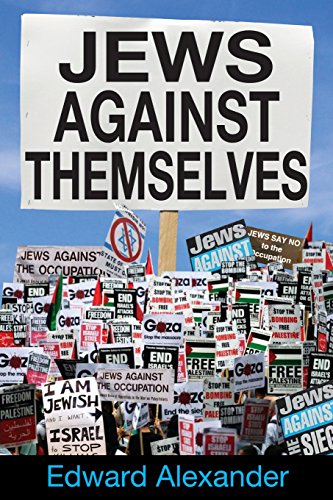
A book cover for Jews Against Themselves; Edward Alexander; History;